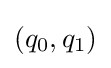
(q_{0},q_{1})